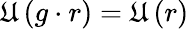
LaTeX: \mathfrak{U}\left(g\cdot r\right)=\mathfrak{U}\left(r\right)